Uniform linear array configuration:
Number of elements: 8
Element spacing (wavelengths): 1
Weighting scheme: kaiser
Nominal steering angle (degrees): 15
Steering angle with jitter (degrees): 14.578
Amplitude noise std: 0.05
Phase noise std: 0.05

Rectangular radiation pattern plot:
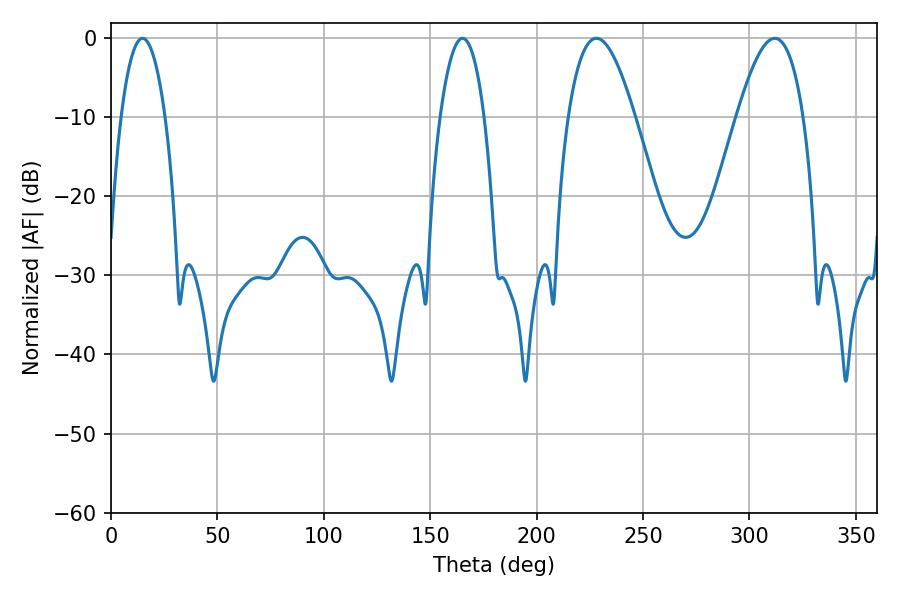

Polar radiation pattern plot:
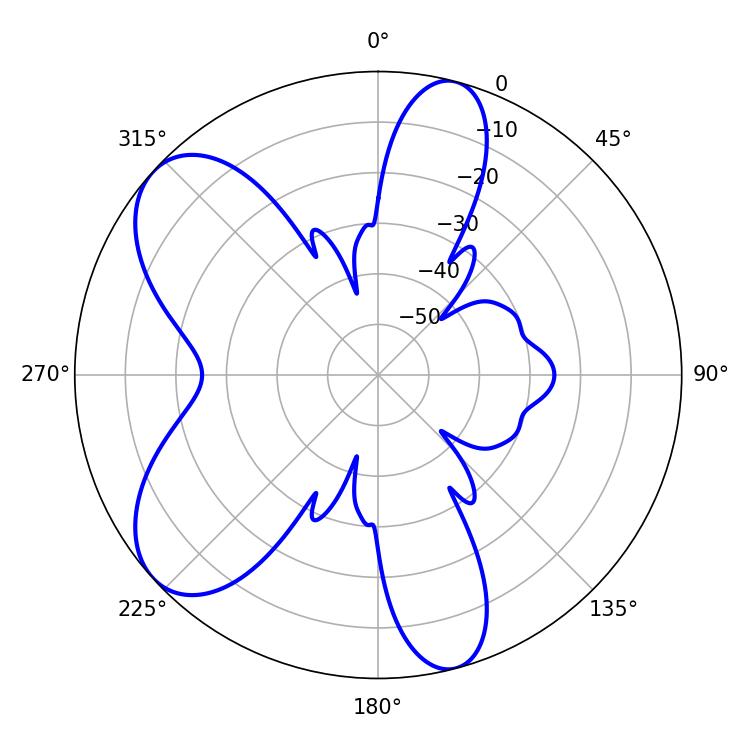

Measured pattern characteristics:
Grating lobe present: TRUE
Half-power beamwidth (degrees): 17.1
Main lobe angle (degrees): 228.06